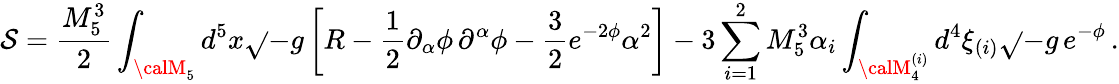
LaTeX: \mathcal{S}=\frac{{M_{5}^{3}}}{{2}}\int_{{\calM}_{5}}d^{5}x\sqrt{}{{-g}}\left[R-\frac{{1}}{{2}}\partial_{\alpha}\phi\, \partial^{\alpha}\phi-\frac{{3}}{{2}}e^{-2\phi}\alpha^{2}\right]-3\sum_{i=1}^{2}M_{5}^{3}\alpha_{i}\int_{{\calM}_{4}^{(i)}}d^{4}\xi_{(i)}\sqrt{}{{-g}}\, e^{-\phi}\, .